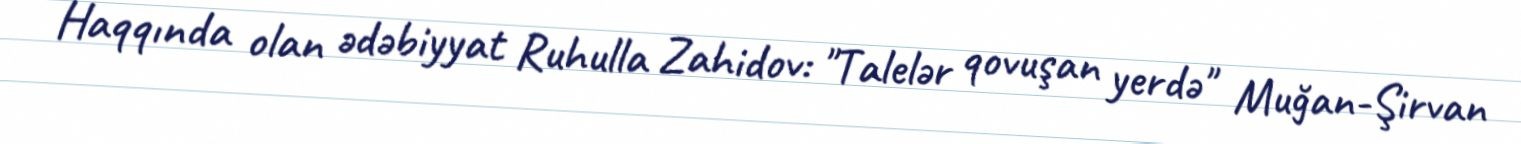
Haqqında olan ədəbiyyat Ruhulla Zahidov: "Talelər qovuşan yerdə" Muğan-Şirvan